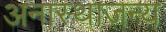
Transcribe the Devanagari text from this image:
अनास्थाजन्य